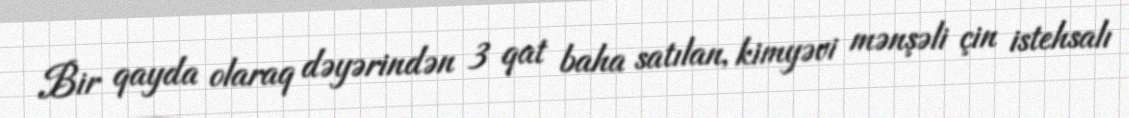
Bir qayda olaraq dəyərindən 3 qat baha satılan, kimyəvi mənşəli çin istehsalı